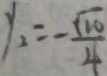
y _ { 2 } = - \frac { \sqrt { 2 0 } } { 4 }